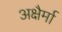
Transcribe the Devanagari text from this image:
अक्षैर्मा